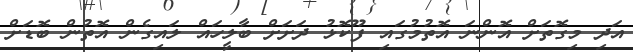
އަދި މިގޮތަށް އޮންނަ އޮތުމުގައި ފޫކޮޅު ދަށަށް ބާލީހައް ލައިގެން އޮތުން ބޮޑަށް